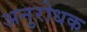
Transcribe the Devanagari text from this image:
अनुरोधक